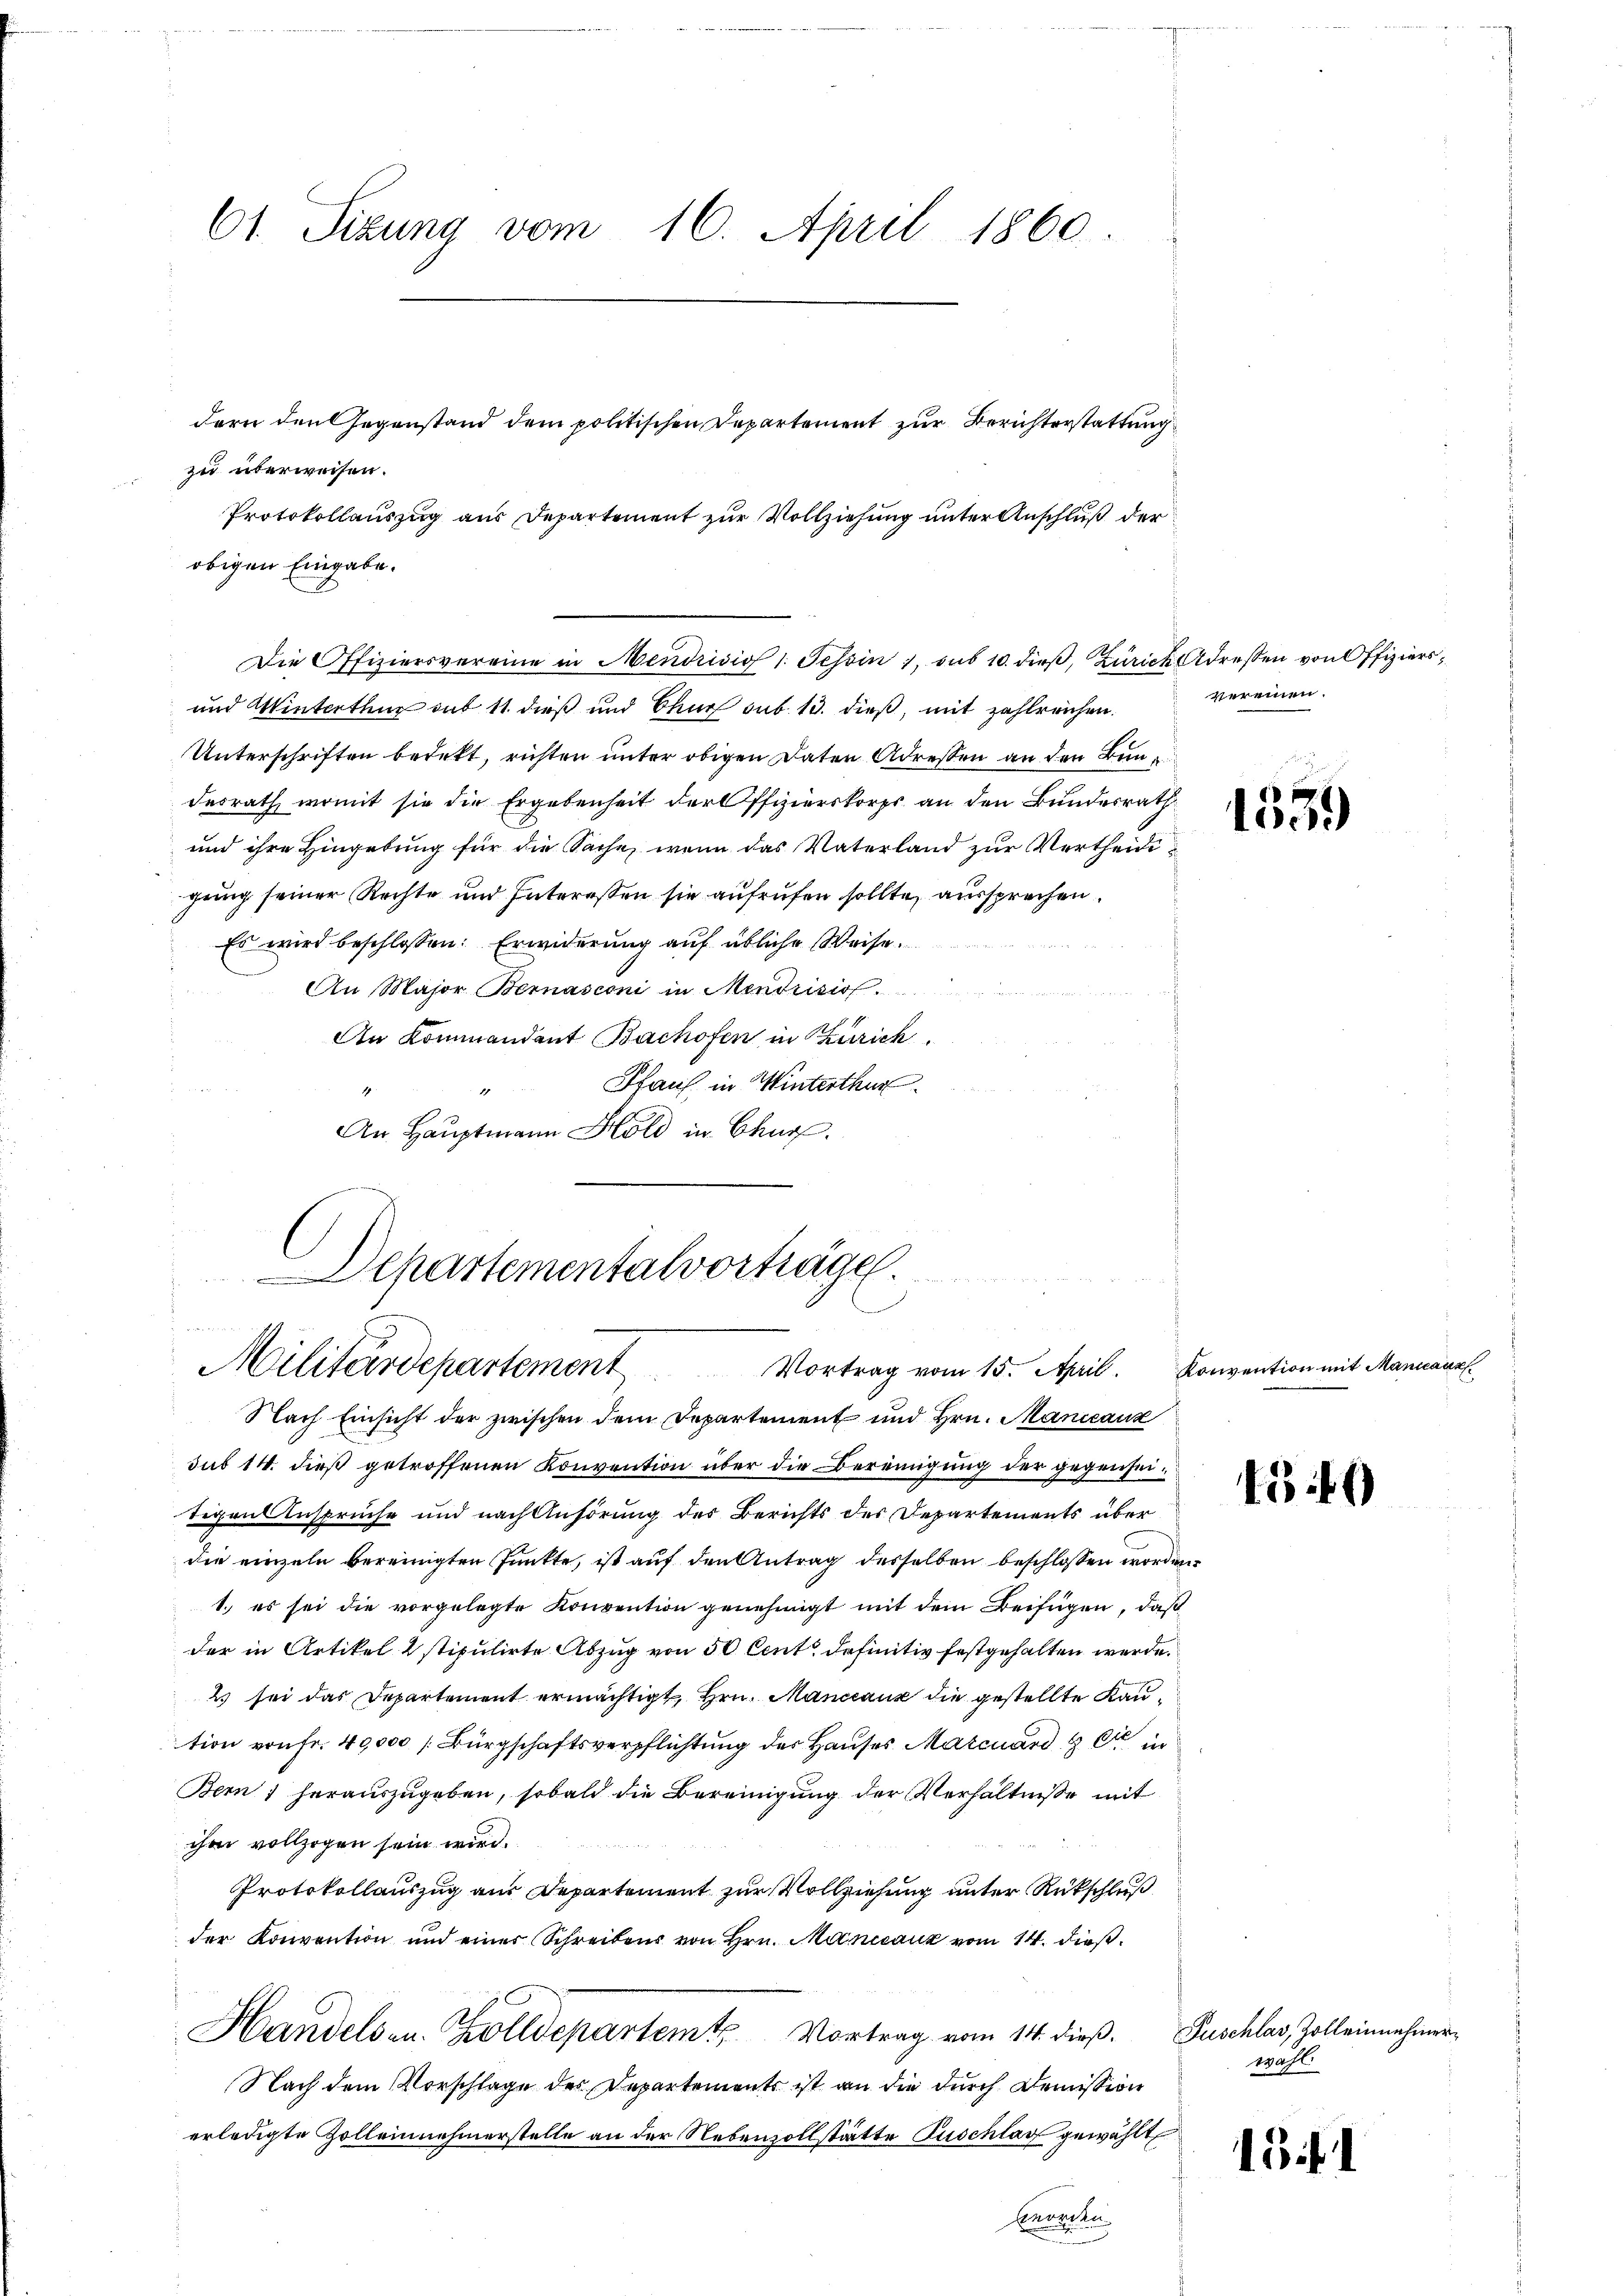
61. Sizung vom 16. April 1860.

dern den Gegenstand dem politischen Departement zur Berichterstattung
zu überweisen.
Protokollauszug aus Departement zur Vollziehung unter Anschluß der
obigen Eingabe.
und Winterthur sub 11. dieß und Chur sub. 13. dieß, mit zahlreichen.
Unterschriften bedekt, richten unter obigen Daten Adressen an den Bundesrath, womit sie die Ergebenheit der Offizierskorps an den Bundesrath
und ihre Hingebung für die Sache, wenn das Vaterland zur Vertheidigung seiner Rechte und Interessen sie aufrufen sollte, aussprechen.
Es wird beschlossen: Erwiderung auf übliche Weise.
An Major Bernasconi in Mendrisio
An Kommandant Bachofen in Zürich
Haus in Winterthur
1
4
An Hauptmann Hold in Churf.
Nach Einsicht der zwischen dem Departement und Hrn. Mancanz
sub 14. dieß getroffenen Konvention über die Bereinigung der gegenseitigen Ansprüche und nach Anhörung des Berichts des Departements über
die einzeln bereinigten Punkte, ist auf den Antrag desselben beschlossen worden.
1.) es sei die vorgelegte Konvention genehmigt mit dem Beifügen, daß
der in Artikel stipulirte Abzug von 50 Cent definitiv festgehalten werde.
2 sei das Departement ermächtigt, Hrn. Manccaux die gestellte Kantion von Fr. 40,000 [Bürgschaftsverpflichtung des Hauses Marcuard & Cie in
Bern herauszugeben, sobald die Bereinigung der Verhältnisse mit
ihm vollzogen sein wird.
2
Protokollauszug aus Departement zur Vollziehung unter Rückschluß
der Konvention und einer Schreibens von Hrn. Mancanz vom 14. dieß¬
Handels- u. Zolldepartemts Vortrag vom 14. dieβ. Puschlav, Zolleinnahmer¬
Nach dem Vorschlage des Departements ist an die durch Demission
erledigte Zolleinnehmerstelle an der Nebenzollstätte Zuschlag gewählt

Departementalvorträge.
Militärdepartement
Vortrag vom 15. April. Konvention mit Manicauz

Die Offiziersvereine in Mendrisio 1. Tessin, sub 10. dieβ, Zürich Adressen von Offiziers¬

vereinen.

1539

49

1341

wahl.